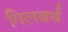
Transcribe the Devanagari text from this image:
गिलबर्थ